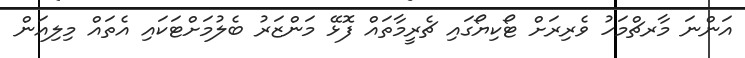
އަންނަ މާރޗްމަހު ވެރިރަށް ޓޯކިޔޯގައި ޗެރީމާތައް ފޮޅޭ މަންޒަރު ބެލުމަށްޓަކައި އެތައް މިލިއަން